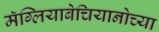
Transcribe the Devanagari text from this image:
मॅग्लियाबेचियानोच्या